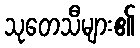
သုတေသီများ၏